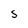
Character: S